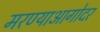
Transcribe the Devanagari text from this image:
मरण्याआगोदर